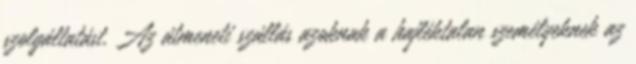
szolgáltatást. Az átmeneti szállás azoknak a hajléktalan személyeknek az